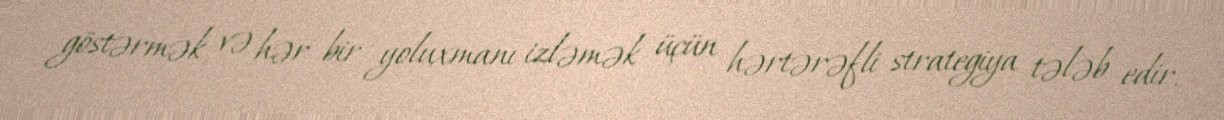
göstərmək və hər bir yoluxmanı izləmək üçün hərtərəfli strategiya tələb edir.